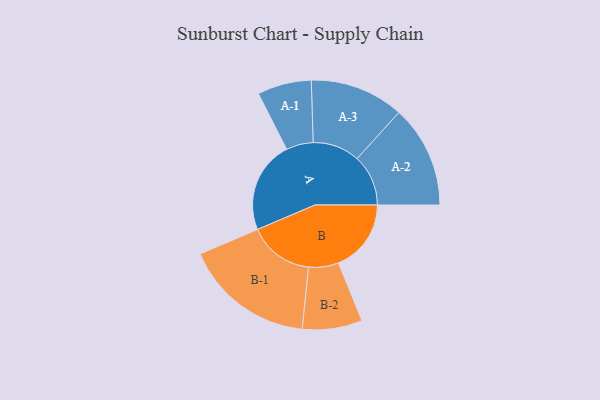
{"axis": {"x": "Segment", "y": "Value"}, "legend": ["", "A", "B"], "data": [{"x": "A", "y": 351, "type": ""}, {"x": "B", "y": 277, "type": ""}, {"x": "A-1", "y": 103, "type": "A"}, {"x": "A-2", "y": 195, "type": "A"}, {"x": "A-3", "y": 179, "type": "A"}, {"x": "B-1", "y": 249, "type": "B"}, {"x": "B-2", "y": 114, "type": "B"}]}